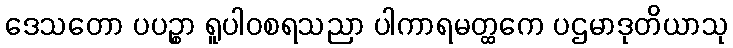
ဒေသတော ပပဉ္စာ ရူပါဝစရသညာ ပါကာရမတ္ထကေ ပဌမာဒုတိယာသု